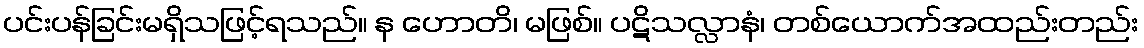
ပင်းပန်ခြင်းမရှိသဖြင့်ရသည်။ န ဟောတိ၊ မဖြစ်။ ပဋိသလ္လာနံ၊ တစ်ယောက်အထည်းတည်း